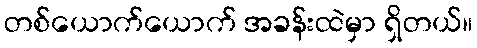
တစ်ယောက်ယောက် အခန်းထဲမှာ ရှိတယ်။